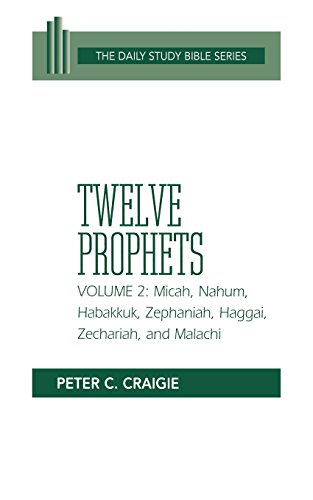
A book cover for Twelve Prophets, Volume 2 (OT Daily Study Bible Series); Peter C. Craigie; Christian Books & Bibles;